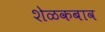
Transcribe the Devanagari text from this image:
शेळकबाव